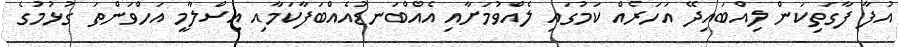
އުފާ ފާގަތިކަން ލިއްބައިދޭ އަހަރެއް ކަމުގައި ލެއްވުމަށާއި އެއްބަނޑުއެއްބަފާކަމާއި އިސްލާމީ އަހްވަންތަ ގުޅުމުގެ